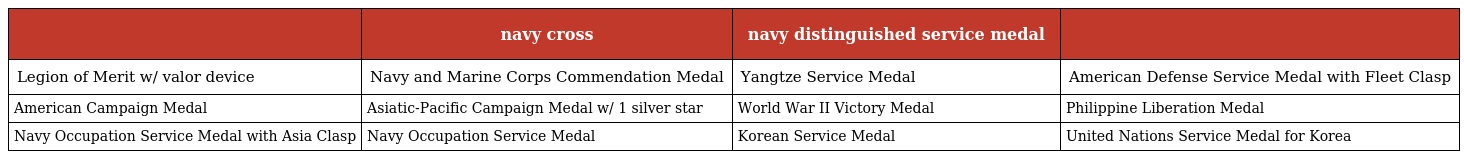
|  | navy cross | navy distinguished service medal |  |
 | --- | --- | --- | --- |
 | Legion of Merit w/ valor device | Navy and Marine Corps Commendation Medal | Yangtze Service Medal | American Defense Service Medal with Fleet Clasp |
 | American Campaign Medal | Asiatic-Pacific Campaign Medal w/ 1 silver star | World War II Victory Medal | Philippine Liberation Medal |
 | Navy Occupation Service Medal with Asia Clasp | Navy Occupation Service Medal | Korean Service Medal | United Nations Service Medal for Korea |